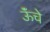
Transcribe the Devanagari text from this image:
ऊॅंचे